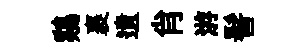
鷄裹遺肖㳺髻